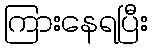
ကြားနေရပြီး